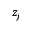
z _ { j }